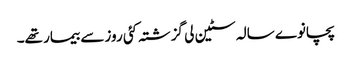
پچانوے سالہ سٹین لی گزشتہ کئی روز سے بیمار تھے۔